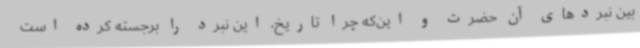
بین نبردهای آن حضرت و این‌که چرا تاریخ، این نبرد را برجسته کرده است